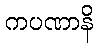
ကပဏာနိ